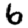
Digit: 6